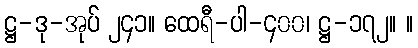
ဋ္ဌ-ဒု-အုပ် ၂၄၁။ ထေရီ-ပါ-၄၀၀၊ ဋ္ဌ-၁၇၂။ ။